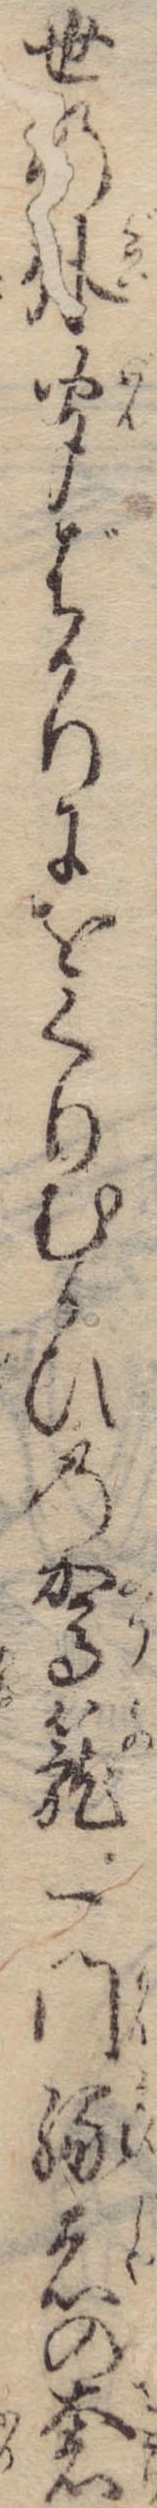
世の外聞ばかりにをくりむかひの駕篭一門縁者の奢